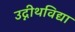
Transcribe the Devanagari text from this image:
उद्नीथविद्या